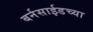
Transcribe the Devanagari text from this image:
बर्नसाईडच्या